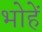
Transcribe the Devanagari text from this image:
भोहें